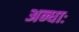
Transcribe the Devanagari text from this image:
अन्धाः